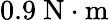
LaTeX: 0.9~\mathrm{N\cdot m}